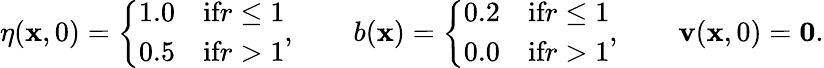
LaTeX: \eta(\mathbf{x},0)=\left\{ \begin{array}{cc}{1.0}&{\textnormal{if}r\leq 1}\\ {0.5}&{\textnormal{if}r>1}\end{array}\right.,\qquad b(\mathbf{x})=\left\{ \begin{array}{cc}{0.2}&{\textnormal{if}r\leq 1}\\ {0.0}&{\textnormal{if}r>1}\end{array}\right.,\qquad\mathbf{v}(\mathbf{x},0)=\mathbf{0}.